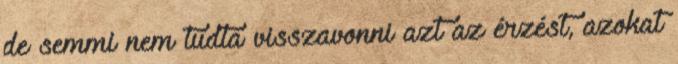
de semmi nem tudta visszavonni azt az érzést, azokat